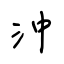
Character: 沖